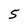
Character: 5